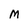
Character: M